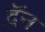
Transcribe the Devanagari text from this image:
द़ॅन